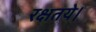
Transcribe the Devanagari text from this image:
रक्षतये।